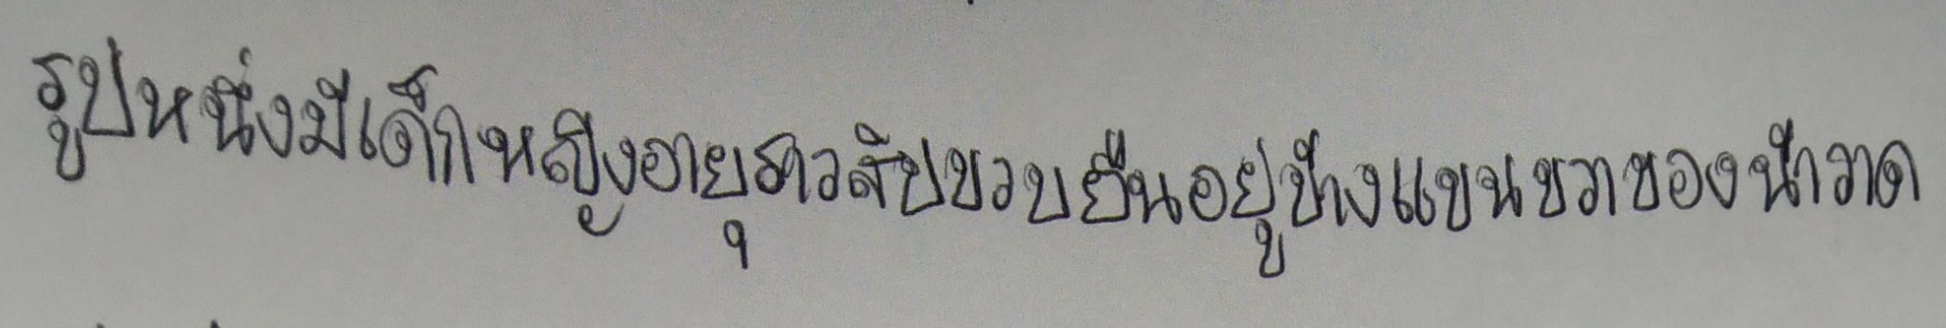
รูปหนึ่งมีเด็กหญิงอายุราวสิบขวบยืนอยู่ข้างแขนขวาของน้าวาด